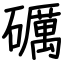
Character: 礪